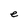
Character: e